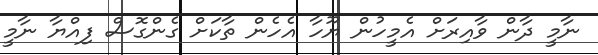
ނާމީ ދާން ވާއިރަށް އެމީހުން ޔޫހާ އެހެން ތާކަށް ގެންގޮސް ފިއްޔާ ނާމީ